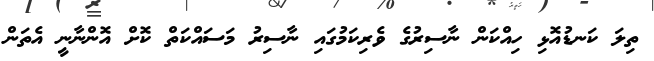
ތިލަ ކަނޑުއޮޅި ހިއްކަން ނާސިރުގެ ވެރިކަމުގައި ނާސިރު މަސައްކަތް ކޮށް އޮންނާނީ އެތަން